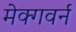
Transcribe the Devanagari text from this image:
मेक्गवर्न